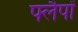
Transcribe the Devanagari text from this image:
फ्लैपों